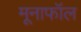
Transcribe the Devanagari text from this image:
मूनाफॉल